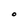
Character: O